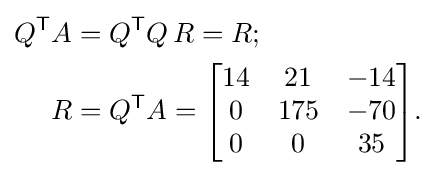
{\begin{aligned}Q^{\textsf {T}}A&=Q^{\textsf {T}}Q\,R=R;\\R&=Q^{\textsf {T}}A={\begin{bmatrix}14&21&-14\\0&175&-70\\0&0&35\end{bmatrix}}.\end{aligned}}